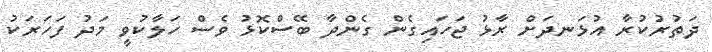
ދަތުރުކުރާ އުޅަނދަށް ރާޅު ޖަހައިގެން ގެންދާ ބޭސްކޮޅު ވެސް ހަލާކުވީ މަދު ފަހަރަކު